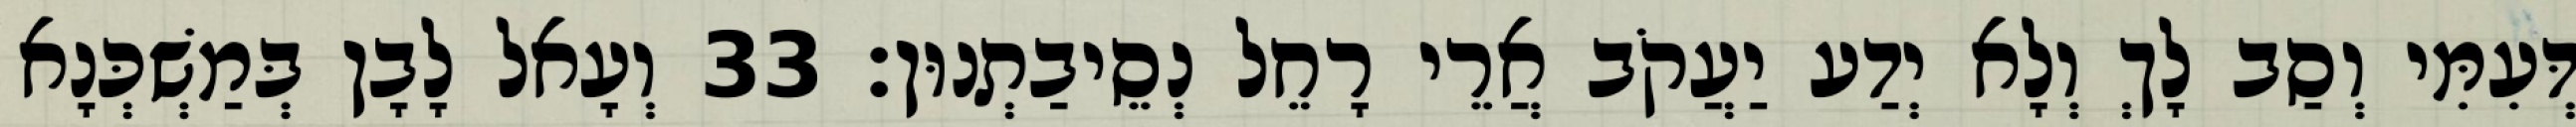
דְּעִמִּי וְסַב לָךְ וְלָא יְדַע יַעֲקֹב אֲרֵי רָחֵל נְסֵיבַתְנוּן׃ 33 וְעָאל לָבָן בְּמַשְׁכְּנָא